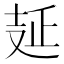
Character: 𠭐